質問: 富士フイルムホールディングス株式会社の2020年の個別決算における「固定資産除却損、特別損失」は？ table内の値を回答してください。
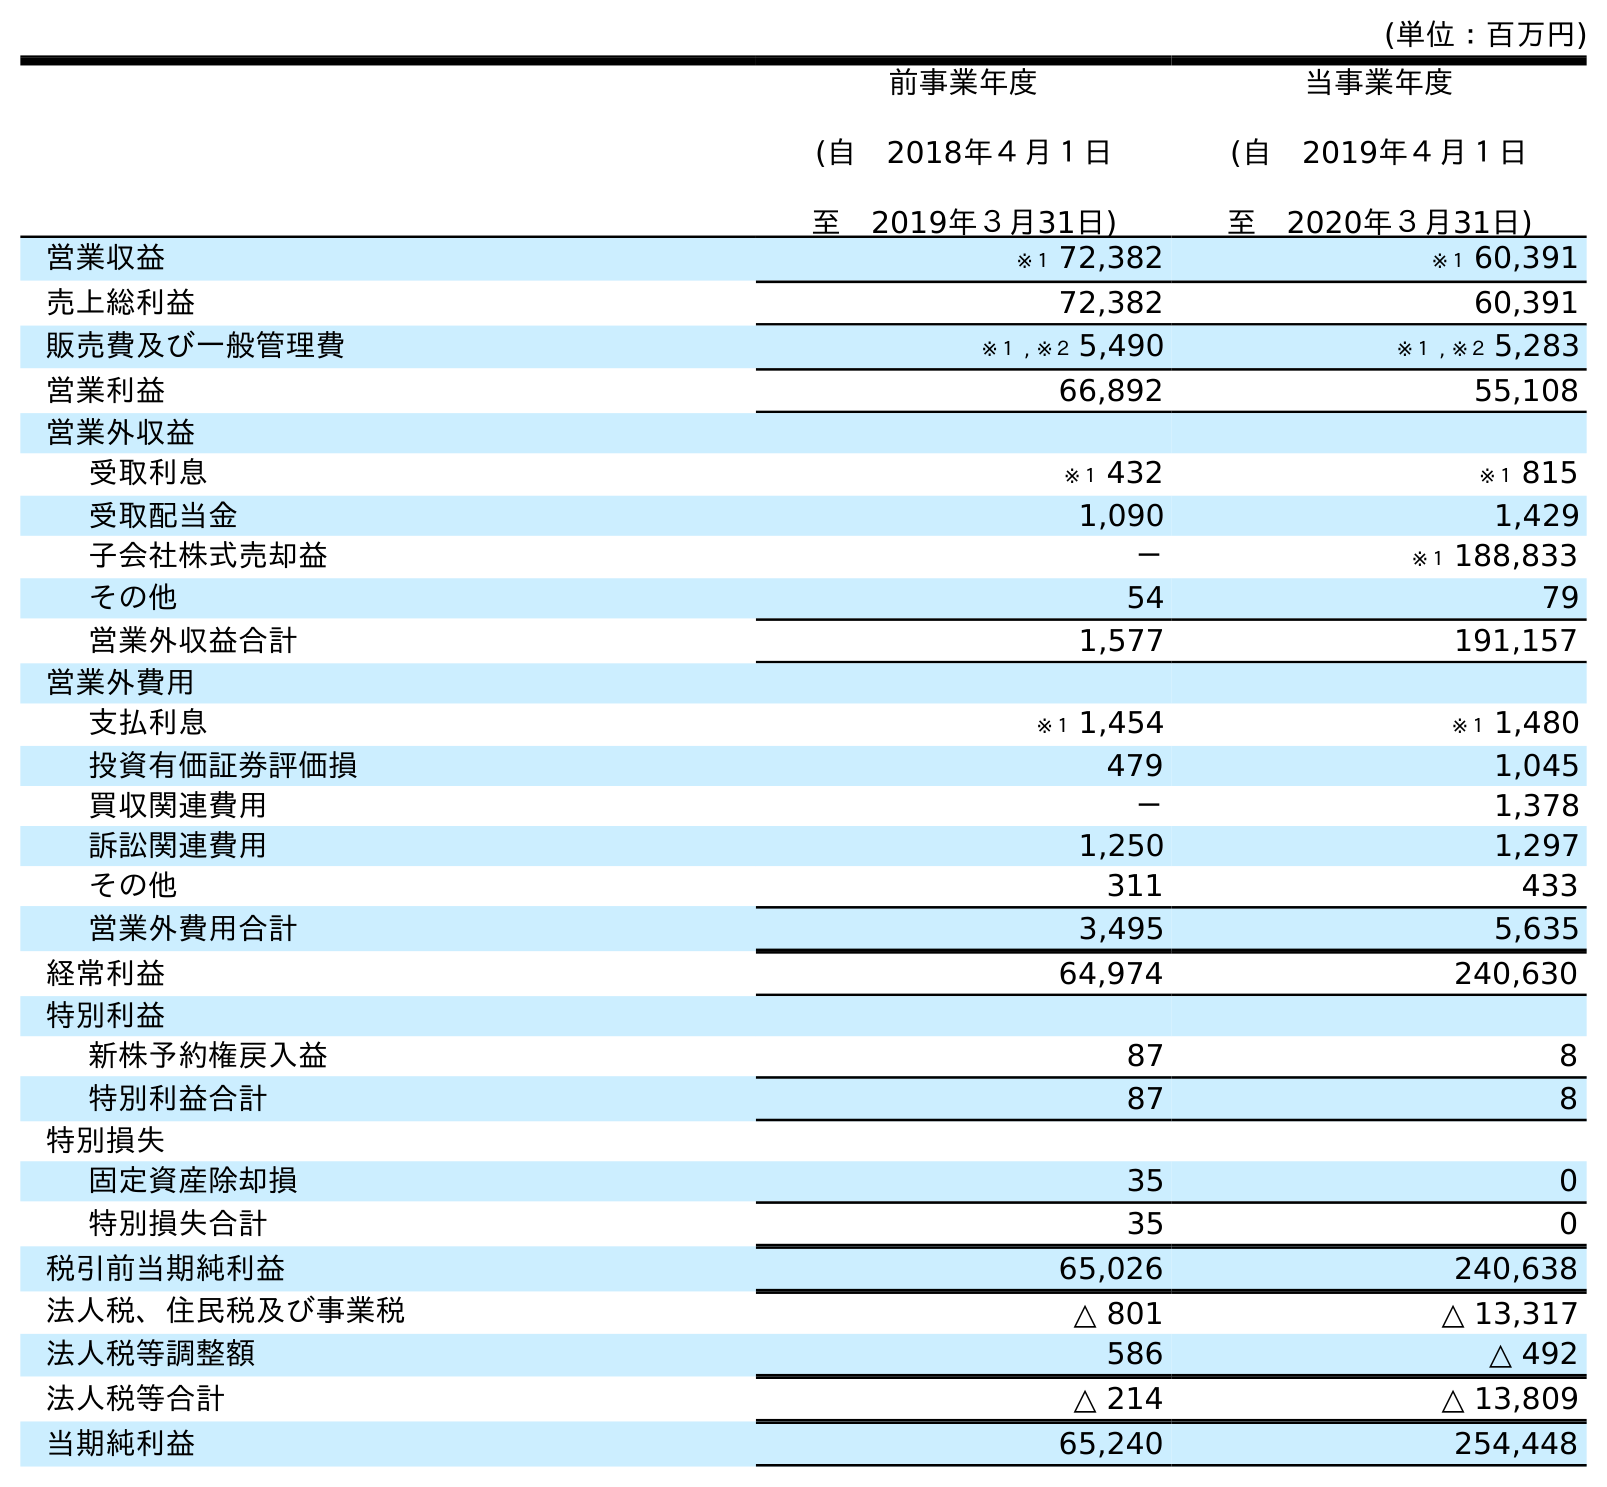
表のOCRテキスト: (単位：百万円) 前事業年度 (自 2018年４月１日 至 2019年３月31日) 当事業年度 (自 2019年４月１日 至 2020年３月31日) 営業収益 ※１ 72,382 ※１ 60,391 売上総利益 72,382 60,391 販売費及び一般管理費 ※１ , ※２ 5,490 ※１ , ※２ 5,283 営業利益 66,892 55,108 営業外収益 受取利息 ※１ 432 ※１ 815 受取配当金 1,090 1,429 子会社株式売却益 － ※１ 188,833 その他 54 79 営業外収益合計 1,577 191,157 営業外費用 支払利息 ※１ 1,454 ※１ 1,480 投資有価証券評価損 479 1,045 買収関連費用 － 1,378 訴訟関連費用 1,250 1,297 その他 311 433 営業外費用合計 3,495 5,635 経常利益 64,974 240,630 特別利益 新株予約権戻入益 87 8 特別利益合計 87 8 特別損失 固定資産除却損 35 0 特別損失合計 35 0 税引前当期純利益 65,026 240,638 法人税、住民税及び事業税 △ 801 △ 13,317 法人税等調整額 586 △ 492 法人税等合計 △ 214 △ 13,809 当期純利益 65,240 254,448
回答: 0